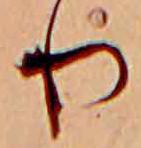
り